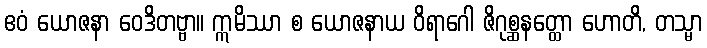
ဧဝံ ယောဇနာ ဝေဒိတဗ္ဗာ။ ဣမိဿာ စ ယောဇနာယ ဝိရာဂေါ ဇိဂုစ္ဆနတ္ထော ဟောတိ, တသ္မာ